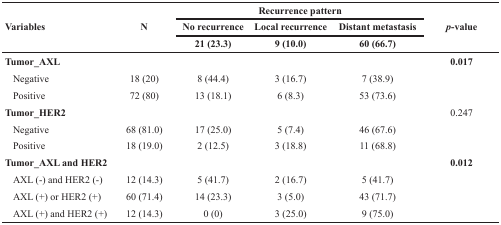
<table><thead><tr><td rowspan="3"><b>Variables</b></td><td rowspan="3"><b>N</b></td><td colspan="3"><b>Recurrence pattern</b></td><td rowspan="3"><b><i>p</i>-value</b></td></tr><tr><td><b>No recurrence</b></td><td><b>Local recurrence</b></td><td><b>Distant metastasis</b></td></tr><tr><td><b>21 (23.3)</b></td><td><b>9 (10.0)</b></td><td><b>60 (66.7)</b></td></tr></thead><tbody><tr><td><b>Tumor_AXL</b></td><td></td><td></td><td></td><td></td><td><b>0.017</b></td></tr><tr><td> Negative</td><td>18 (20)</td><td>8 (44.4)</td><td>3 (16.7)</td><td>7 (38.9)</td><td></td></tr><tr><td> Positive</td><td>72 (80)</td><td>13 (18.1)</td><td>6 (8.3)</td><td>53 (73.6)</td><td></td></tr><tr><td><b>Tumor_HER2</b></td><td></td><td></td><td></td><td></td><td>0.247</td></tr><tr><td> Negative</td><td>68 (81.0)</td><td>17 (25.0)</td><td>5 (7.4)</td><td>46 (67.6)</td><td></td></tr><tr><td> Positive</td><td>18 (19.0)</td><td>2 (12.5)</td><td>3 (18.8)</td><td>11 (68.8)</td><td></td></tr><tr><td><b>Tumor_AXL and HER2</b></td><td></td><td></td><td></td><td></td><td><b>0.012</b></td></tr><tr><td> AXL (−) and HER2 (−)</td><td>12 (14.3)</td><td>5 (41.7)</td><td>2 (16.7)</td><td>5 (41.7)</td><td></td></tr><tr><td> AXL (+) or HER2 (+)</td><td>60 (71.4)</td><td>14 (23.3)</td><td>3 (5.0)</td><td>43 (71.7)</td><td></td></tr><tr><td> AXL (+) and HER2 (+)</td><td>12 (14.3)</td><td>0 (0)</td><td>3 (25.0)</td><td>9 (75.0)</td><td></td></tr></tbody></table>